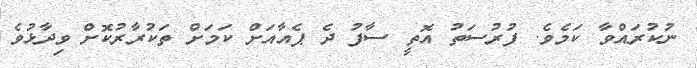
ނުކުރައްވާ ކަމެވެ. ފުރުސަތު އޮތީ ސާފު ދެ ޕެއާއަށް ކަމަށް ތަކުރާރުކޮށް ވިދާޅުވެ